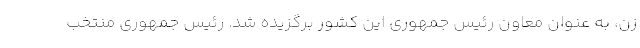
زن، به عنوان معاون رئیس جمهوری این کشور برگزیده شد. رئیس جمهوری منتخب